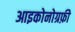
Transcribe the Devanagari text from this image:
आइकोनोग्रफ़ी